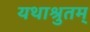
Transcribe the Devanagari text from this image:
यथाश्रुतम्